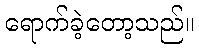
ရောက်ခဲ့တော့သည်။